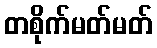
တစိုက်မတ်မတ်